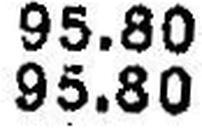
95.80